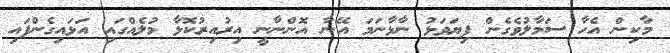
މާކިން އެހާ ސަމާލުވެގެން ފިޔަވަޅު ނާޅާނަމަ އޭނާ އޮންނާނީ އިރުއިރުކޮޅާ މުލެއްގައި އަޅައިގެންފައި